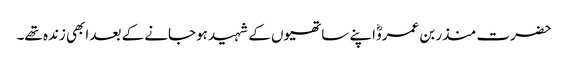
حضرت منذر بن عمروؓ اپنے ساتھیوں کے شہید ہوجانے کے بعد ابھی زندہ تھے۔